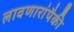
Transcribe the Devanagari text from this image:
लावणारांपैकी